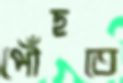
পৌঁছতে